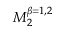
M _ { 2 } ^ { \beta = 1 , 2 }